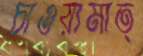
চাওয়ামাত্